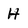
Character: H